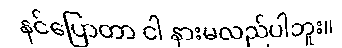
နင်ပြောတာ ငါ နားမလည်ပါဘူး။